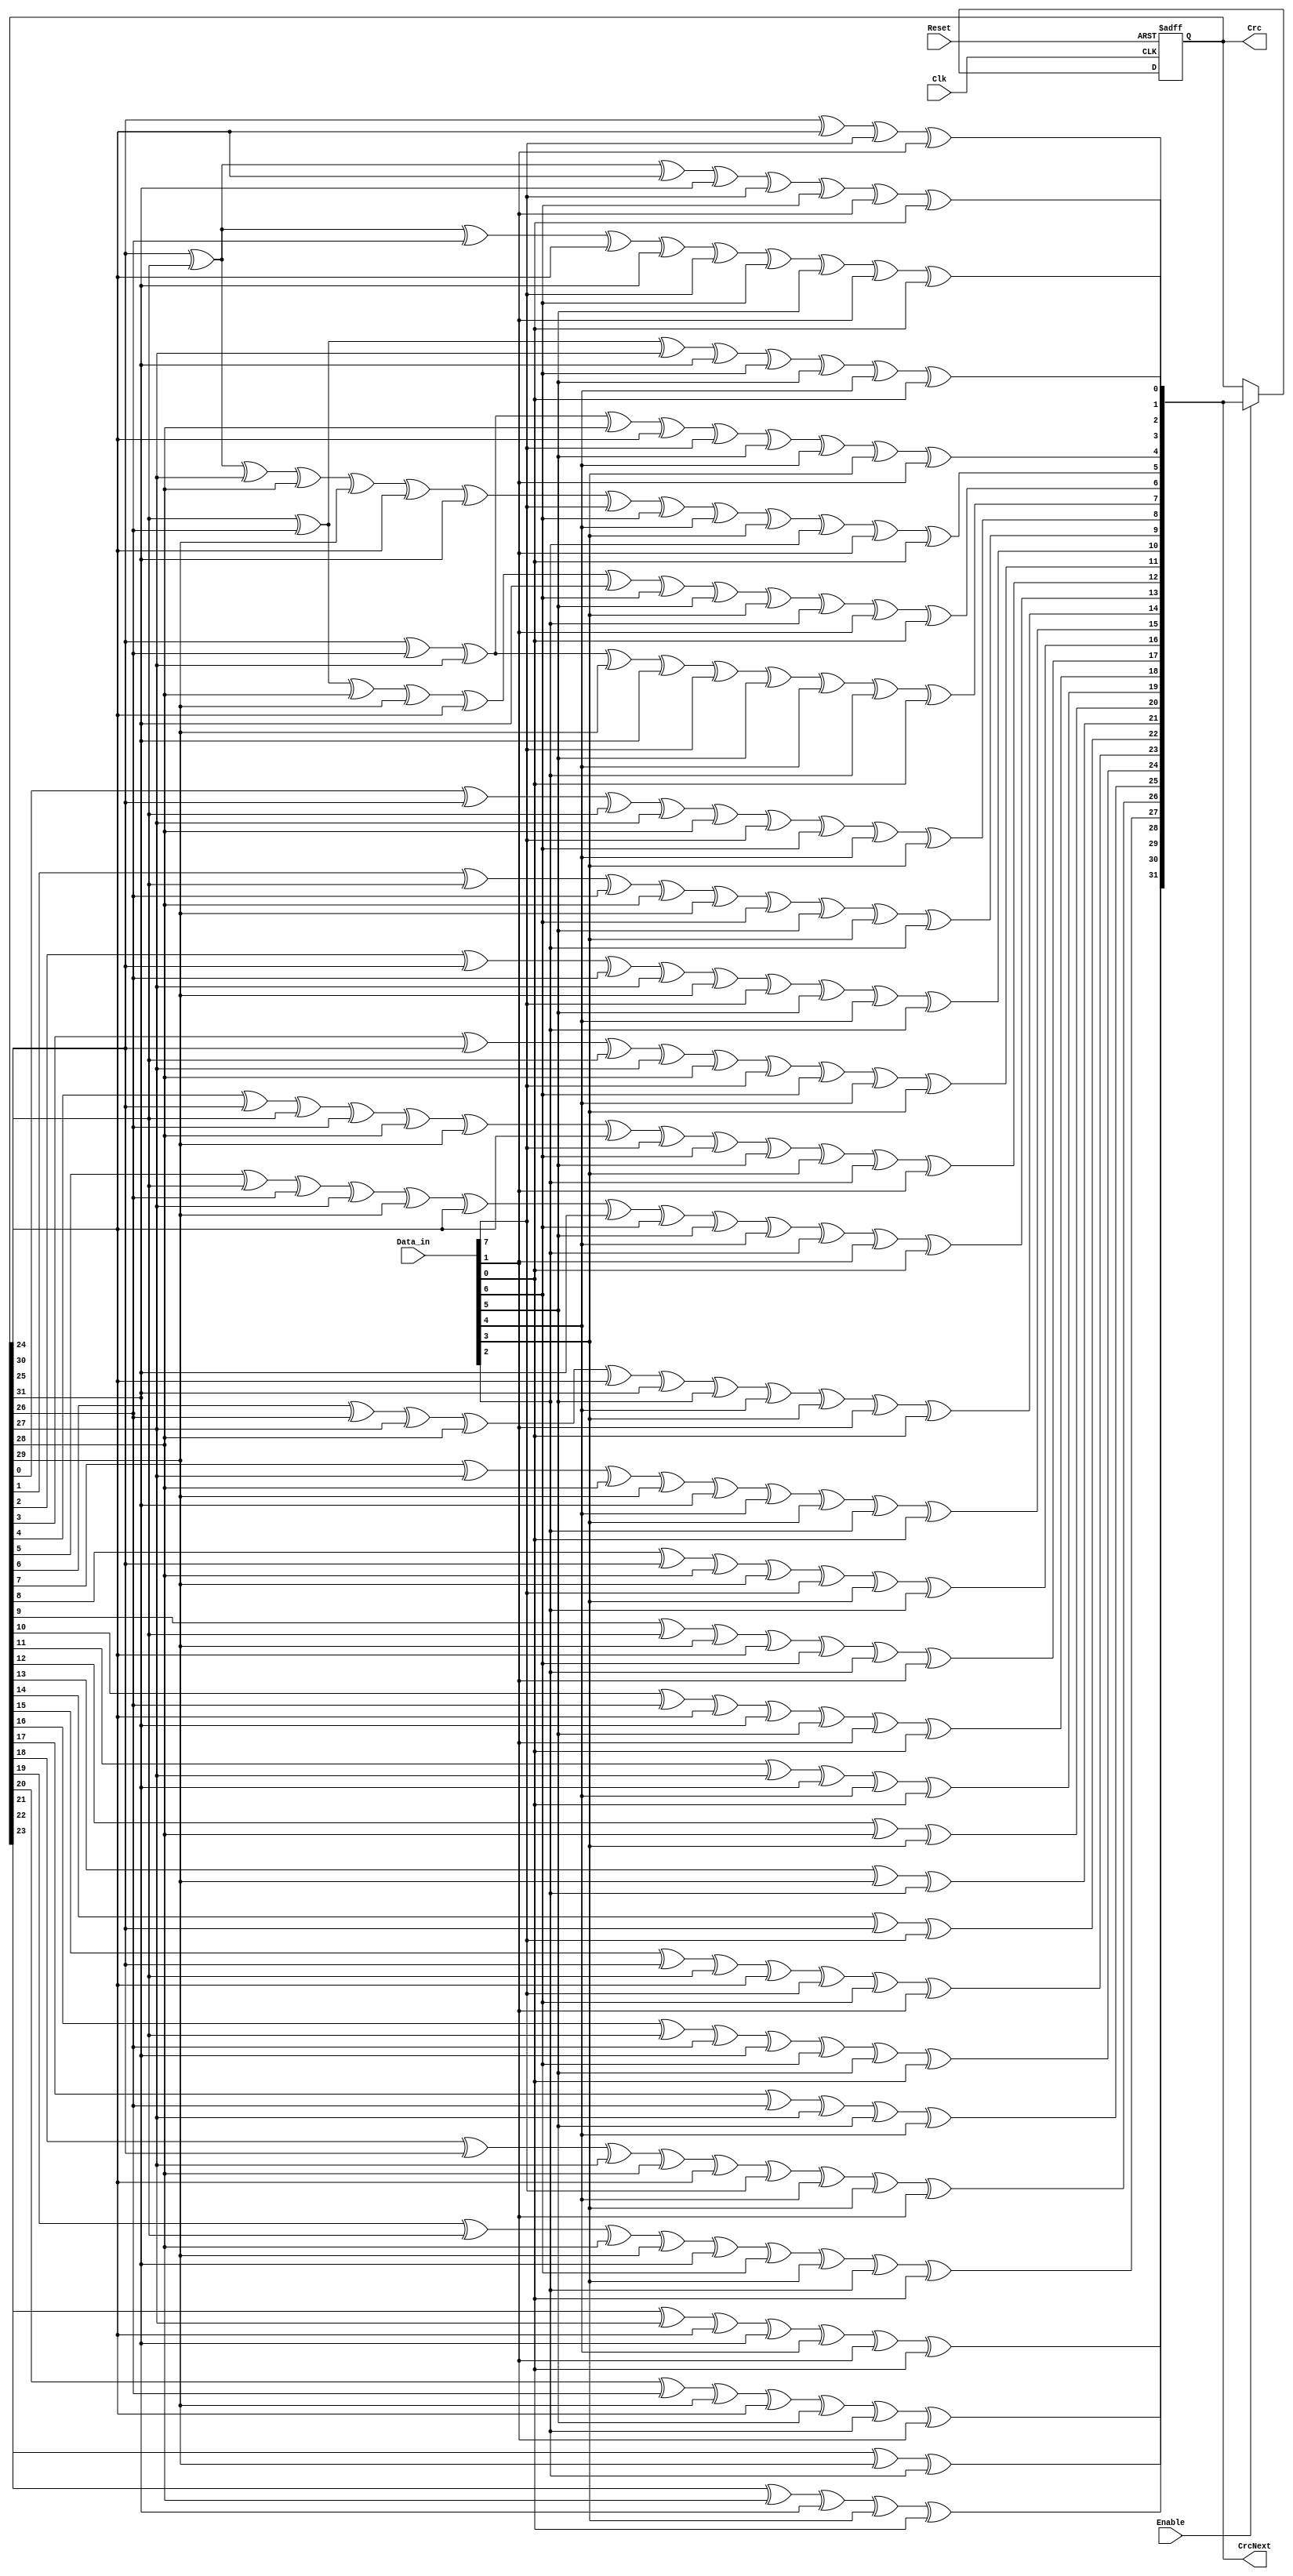
// This program was cloned from: https://github.com/MongooseOrion/FPGA_atoms
// License: MIT License

`timescale 1ns / 1ps
/****************************************/
//      CRC32   //
/****************************************/
module crc (Clk, Reset, Data_in, Enable, Crc,CrcNext);


parameter Tp = 1;

input Clk;
input Reset;
input [7:0] Data_in;
input Enable;

output [31:0] Crc;
reg  [31:0] Crc;

output [31:0] CrcNext;

wire [7:0] Data;

assign Data={Data_in[0],Data_in[1],Data_in[2],Data_in[3],Data_in[4],Data_in[5],Data_in[6],Data_in[7]};


assign CrcNext[0] = Crc[24] ^ Crc[30] ^ Data[0] ^ Data[6];
assign CrcNext[1] = Crc[24] ^ Crc[25] ^ Crc[30] ^ Crc[31] ^ Data[0] ^ Data[1] ^ Data[6] ^ Data[7];
assign CrcNext[2] = Crc[24] ^ Crc[25] ^ Crc[26] ^ Crc[30] ^ Crc[31] ^ Data[0] ^ Data[1] ^ Data[2] ^ Data[6] ^ Data[7];
assign CrcNext[3] = Crc[25] ^ Crc[26] ^ Crc[27] ^ Crc[31] ^ Data[1] ^ Data[2] ^ Data[3] ^ Data[7];
assign CrcNext[4] = Crc[24] ^ Crc[26] ^ Crc[27] ^ Crc[28] ^ Crc[30] ^ Data[0] ^ Data[2] ^ Data[3] ^ Data[4] ^ Data[6];
assign CrcNext[5] = Crc[24] ^ Crc[25] ^ Crc[27] ^ Crc[28] ^ Crc[29] ^ Crc[30] ^ Crc[31] ^ Data[0] ^ Data[1] ^ Data[3] ^ Data[4] ^ Data[5] ^ Data[6] ^ Data[7];
assign CrcNext[6] = Crc[25] ^ Crc[26] ^ Crc[28] ^ Crc[29] ^ Crc[30] ^ Crc[31] ^ Data[1] ^ Data[2] ^ Data[4] ^ Data[5] ^ Data[6] ^ Data[7];
assign CrcNext[7] = Crc[24] ^ Crc[26] ^ Crc[27] ^ Crc[29] ^ Crc[31] ^ Data[0] ^ Data[2] ^ Data[3] ^ Data[5] ^ Data[7];
assign CrcNext[8] = Crc[0] ^ Crc[24] ^ Crc[25] ^ Crc[27] ^ Crc[28] ^ Data[0] ^ Data[1] ^ Data[3] ^ Data[4];
assign CrcNext[9] = Crc[1] ^ Crc[25] ^ Crc[26] ^ Crc[28] ^ Crc[29] ^ Data[1] ^ Data[2] ^ Data[4] ^ Data[5];
assign CrcNext[10] = Crc[2] ^ Crc[24] ^ Crc[26] ^ Crc[27] ^ Crc[29] ^ Data[0] ^ Data[2] ^ Data[3] ^ Data[5];
assign CrcNext[11] = Crc[3] ^ Crc[24] ^ Crc[25] ^ Crc[27] ^ Crc[28] ^ Data[0] ^ Data[1] ^ Data[3] ^ Data[4];
assign CrcNext[12] = Crc[4] ^ Crc[24] ^ Crc[25] ^ Crc[26] ^ Crc[28] ^ Crc[29] ^ Crc[30] ^ Data[0] ^ Data[1] ^ Data[2] ^ Data[4] ^ Data[5] ^ Data[6];
assign CrcNext[13] = Crc[5] ^ Crc[25] ^ Crc[26] ^ Crc[27] ^ Crc[29] ^ Crc[30] ^ Crc[31] ^ Data[1] ^ Data[2] ^ Data[3] ^ Data[5] ^ Data[6] ^ Data[7];
assign CrcNext[14] = Crc[6] ^ Crc[26] ^ Crc[27] ^ Crc[28] ^ Crc[30] ^ Crc[31] ^ Data[2] ^ Data[3] ^ Data[4] ^ Data[6] ^ Data[7];
assign CrcNext[15] =  Crc[7] ^ Crc[27] ^ Crc[28] ^ Crc[29] ^ Crc[31] ^ Data[3] ^ Data[4] ^ Data[5] ^ Data[7];
assign CrcNext[16] = Crc[8] ^ Crc[24] ^ Crc[28] ^ Crc[29] ^ Data[0] ^ Data[4] ^ Data[5];
assign CrcNext[17] = Crc[9] ^ Crc[25] ^ Crc[29] ^ Crc[30] ^ Data[1] ^ Data[5] ^ Data[6];
assign CrcNext[18] = Crc[10] ^ Crc[26] ^ Crc[30] ^ Crc[31] ^ Data[2] ^ Data[6] ^ Data[7];
assign CrcNext[19] = Crc[11] ^ Crc[27] ^ Crc[31] ^ Data[3] ^ Data[7];
assign CrcNext[20] = Crc[12] ^ Crc[28] ^ Data[4];
assign CrcNext[21] = Crc[13] ^ Crc[29] ^ Data[5];
assign CrcNext[22] = Crc[14] ^ Crc[24] ^ Data[0];
assign CrcNext[23] = Crc[15] ^ Crc[24] ^ Crc[25] ^ Crc[30] ^ Data[0] ^ Data[1] ^ Data[6];
assign CrcNext[24] = Crc[16] ^ Crc[25] ^ Crc[26] ^ Crc[31] ^ Data[1] ^ Data[2] ^ Data[7];
assign CrcNext[25] = Crc[17] ^ Crc[26] ^ Crc[27] ^ Data[2] ^ Data[3];
assign CrcNext[26] = Crc[18] ^ Crc[24] ^ Crc[27] ^ Crc[28] ^ Crc[30] ^ Data[0] ^ Data[3] ^ Data[4] ^ Data[6];
assign CrcNext[27] = Crc[19] ^ Crc[25] ^ Crc[28] ^ Crc[29] ^ Crc[31] ^ Data[1] ^ Data[4] ^ Data[5] ^ Data[7];
assign CrcNext[28] = Crc[20] ^ Crc[26] ^ Crc[29] ^ Crc[30] ^ Data[2] ^ Data[5] ^ Data[6];
assign CrcNext[29] = Crc[21] ^ Crc[27] ^ Crc[30] ^ Crc[31] ^ Data[3] ^ Data[6] ^ Data[7];
assign CrcNext[30] = Crc[22] ^ Crc[28] ^ Crc[31] ^ Data[4] ^ Data[7];
assign CrcNext[31] = Crc[23] ^ Crc[29] ^ Data[5];

always @ (posedge Clk, posedge Reset)
  begin
    if (Reset)
      begin
        Crc <={32{1'b1}};
      end
    else if (Enable)
      Crc <=CrcNext;
  end
endmodule